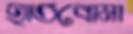
হাতবোমা